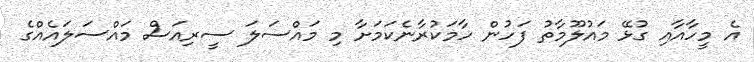
އެ މީހާއާއި ގުޅޭ މައުލޫމާތު ފަހުން ހާމަކުރާނެކަމަށާ މި މައްސަލަ ސީރިއަސް މައްސަލައެއްގެ